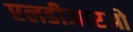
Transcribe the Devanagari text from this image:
एलडीआरओ